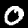
Digit: 0